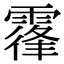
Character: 𩄦